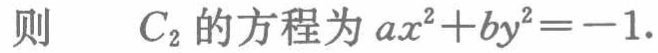
则 $\quad C_{2}$ 的方程为 $ax^{2}+by^{2}=-1$.